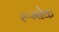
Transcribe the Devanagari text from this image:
रूम्बेक